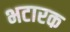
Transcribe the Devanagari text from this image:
भटारक